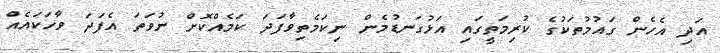
އަދި އެހެން ގައުމުތަކުގެ ކުރިމަތީގައި އަޅުގަނޑުމެން ނިކަމެތިވާފަދަ ކަމެއްކޮށް ނުވަތަ އެފަދަ ވާހަކައެއް